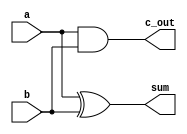
`timescale 1ns / 1ps


module halfAdder(sum, c_out, a, b);
input a, b;
output sum, c_out;
and and1(c_out, a, b);
xor xor1(sum, a, b);

endmodule